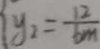
y _ { 2 } = \frac { 1 2 } { b m }